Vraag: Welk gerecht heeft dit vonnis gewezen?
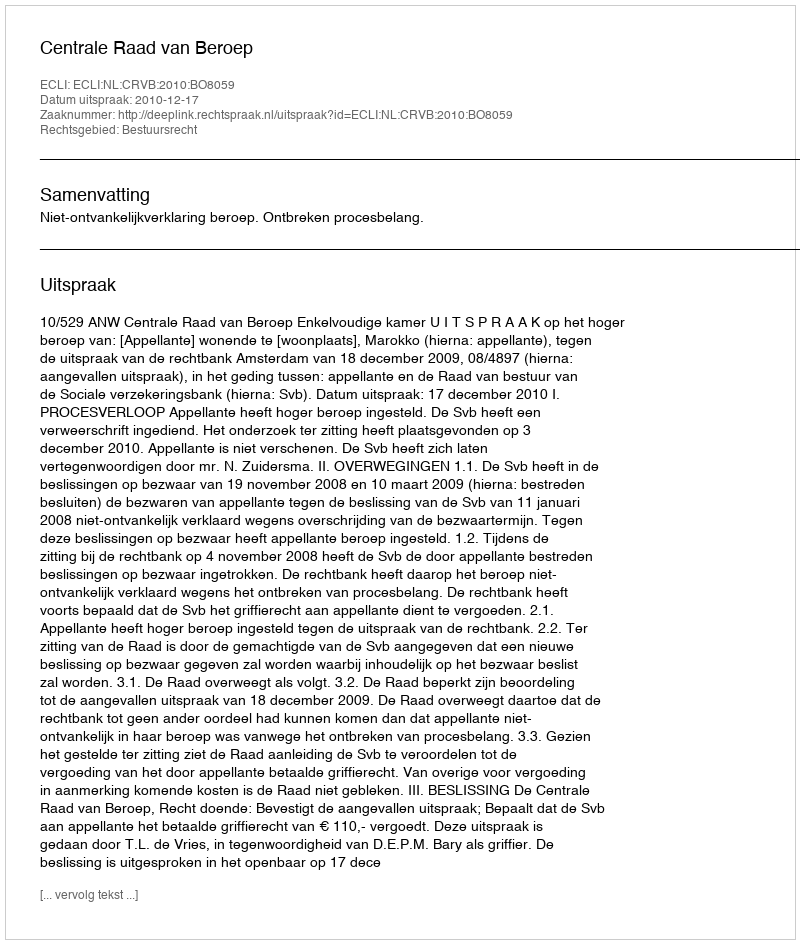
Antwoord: Centrale Raad van Beroep